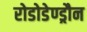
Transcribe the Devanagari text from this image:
रोडोडेण्ड्रौन